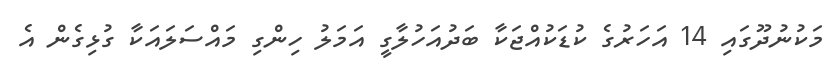
މަކުނުދޫގައި 14 އަހަރުގެ ކުޑަކުއްޖަކާ ބަދުއަހުލާގީ އަމަލު ހިންގި މައްސަލައަކާ ގުޅިގެން އެ